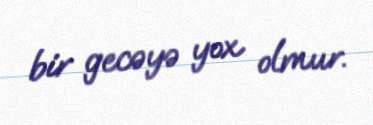
bir gecəyə yox olmur.